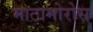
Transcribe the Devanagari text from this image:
माटामोरोस